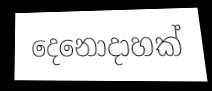
දෙනොදාහක්